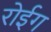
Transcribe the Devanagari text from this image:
रोईग